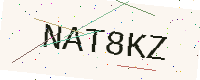
Text: NAT8KZ